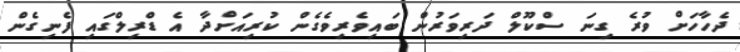
ދެހާހަށް ވުރެ ގިނަ ސްކޫލް ދަރިވަރުން ބައިވެރިވެގެން ކުރިއަށްދާ އެ ޑްރިލްގައި ފެނިގެން